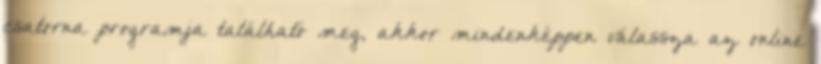
csatorna programja található meg, akkor mindenképpen válassza az online